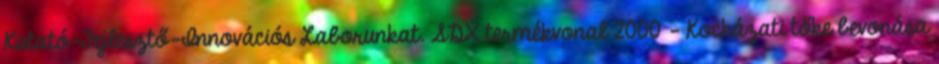
Kutató-Fejlesztő-Innovációs Laborunkat. SDX termékvonal 2000 - Kockázati tőke bevonása